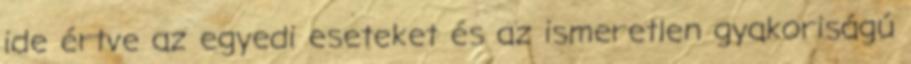
ide értve az egyedi eseteket és az ismeretlen gyakoriságú